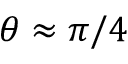
\theta \approx \pi / 4